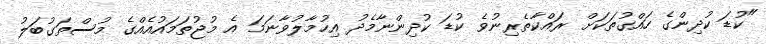
"ކުޑަ ކުދިންގެ ހައްގުތަކަށް ރައްކާތެރިނުވެ ކުޑަ ކުދިންނާމެދު އިހުމާލުވާނަމަ އެ މުޖުތަމައުއެއްގެ މުސްތަގުބަލު